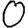
Digit: 0